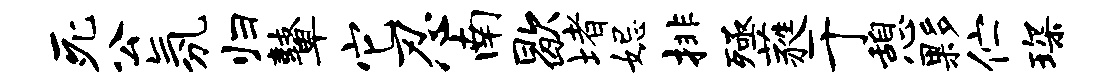
死公氛归鼙它忍南歇堵妃排殛蕤于憩夥伫琛